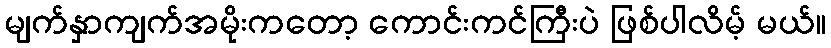
မျက်နှာကျက်အမိုးကတော့ ကောင်းကင်ကြီးပဲ ဖြစ်ပါလိမ့် မယ်။